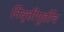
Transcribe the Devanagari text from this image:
निवृत्तीपूर्वीच